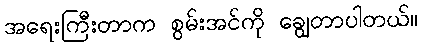
အရေးကြီးတာက စွမ်းအင်ကို ချွေတာပါတယ်။